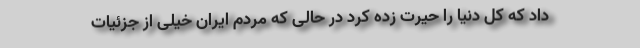
داد که کل دنیا را حیرت زده کرد در حالی که مردم ایران خیلی از جزئیات